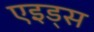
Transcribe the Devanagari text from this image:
एइड्स